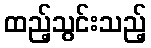
ထည့်သွင်းသည့်